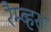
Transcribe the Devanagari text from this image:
रैम्ब्हस